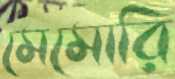
মেমোরি